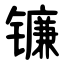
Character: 镰